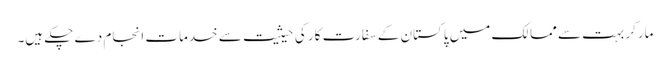
مارکر بہت سے ممالک میں پاکستان کے سفارت کار کی حیثیت سے خدمات انجام دے چکے ہیں۔